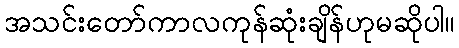
အသင်းတော်ကာလကုန်ဆုံးချိန်ဟုမဆိုပါ။